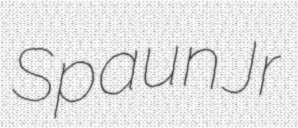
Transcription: Spaun Jr